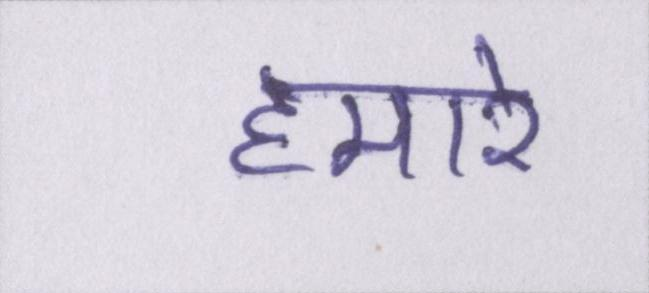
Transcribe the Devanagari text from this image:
हमारे